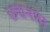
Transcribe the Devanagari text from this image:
छ्द्मनाम